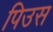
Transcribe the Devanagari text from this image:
पिउस